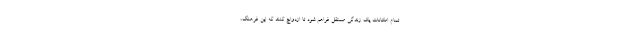
تمام امکانات یک زندگی مستقل فراهم شود تا ازدواج کنند که این فرهنگ،